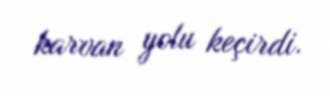
karvan yolu keçirdi.